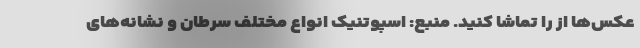
عکس‌ها از را تماشا کنید. منبع: اسپوتنیک انواع مختلف سرطان و نشانه‌های